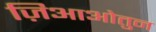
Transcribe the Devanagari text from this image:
ज़िआओतुन